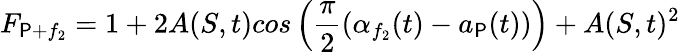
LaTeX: F_{\mathsf{P}+f_{2}}=1+2A(S,t)cos\left(\frac{{\pi}}{{2}}(\alpha_{f_{2}}(t)-a_{\mathsf{P}}(t))\right)+A(S,t)^{2}